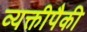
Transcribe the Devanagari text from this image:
व्यक्तीपैकी